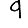
Digit: 9